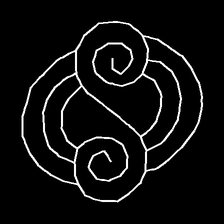
Glyph: wind-underfoot